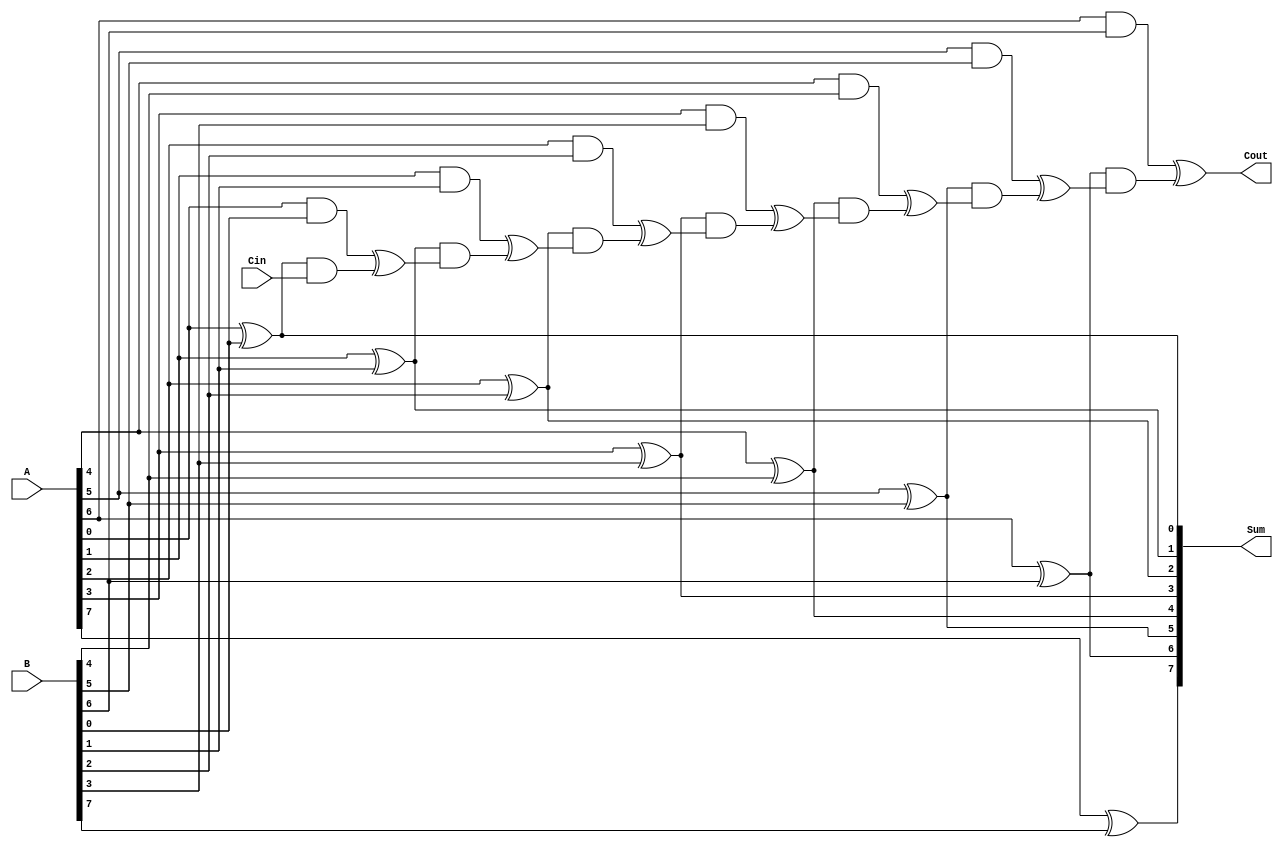
module kogge_stone_adder #(parameter WIDTH = 8) (
    input [WIDTH-1:0] A,
    input [WIDTH-1:0] B,
    input Cin,
    output [WIDTH-1:0] Sum,
    output Cout
);

wire [WIDTH-1:0] P, G;

genvar i;
generate
    for (i = 0; i < WIDTH; i = i + 1) begin: gen_partials
        assign P[i] = A[i] ^ B[i];
        assign G[i] = A[i] & B[i];
    end
endgenerate

wire [WIDTH-1:0] C;
assign C[0] = Cin;
generate
    for (i = 1; i < WIDTH; i = i + 1) begin: gen_carry
        assign C[i] = G[i-1] ^ (P[i-1] & C[i-1]);
    end
endgenerate

assign Cout = C[WIDTH-1];
assign Sum = P;

endmodule